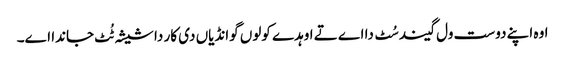
‏ اوہ اپنے دوست ول گیند سُٹ دا اے تے اوہدے کولوں گوانڈیاں دی کار دا شیشہ ٹُٹ جاندا اے۔